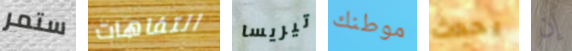
ستمر التفاهات تيريسا موطنك يحدث إن